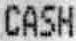
CASH